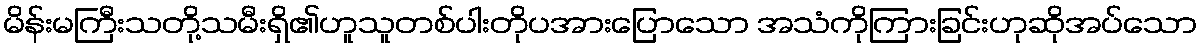
မိန်းမကြီးသတို့သမီးရှိ၏ဟူသူတစ်ပါးတိုပအားပြောသော အသံကိုကြားခြင်းဟုဆိုအပ်သော